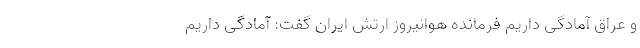
و عراق آمادگی داریم فرمانده هوانیروز ارتش ایران گفت: آمادگی داریم